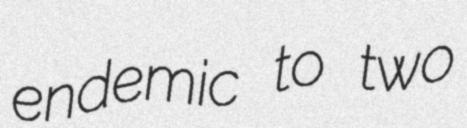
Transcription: endemic to two